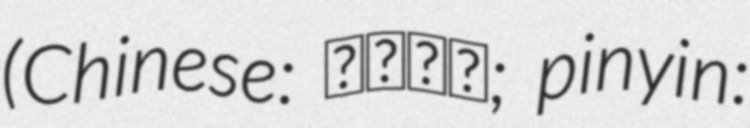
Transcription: (Chinese: 西摩洛语; pinyin: